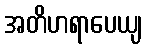
အတိဟရာပေယျ